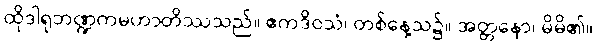
ထိုဒါရုဘဏ္ဍကမဟာတိဿသည်။ ဧကဒိဝသံ၊ တစ်နေ့သ၌။ အတ္တနော၊ မိမိ၏။